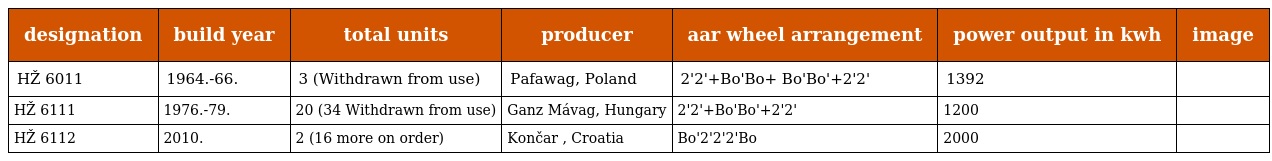
| designation | build year | total units | producer | aar wheel arrangement | power output in kwh | image |
 | --- | --- | --- | --- | --- | --- | --- |
 | HŽ 6011 | 1964.-66. | 3 (Withdrawn from use) | Pafawag, Poland | 2'2'+Bo'Bo+ Bo'Bo'+2'2' | 1392 |  |
 | HŽ 6111 | 1976.-79. | 20 (34 Withdrawn from use) | Ganz Mávag, Hungary | 2'2'+Bo'Bo'+2'2' | 1200 |  |
 | HŽ 6112 | 2010. | 2 (16 more on order) | Končar , Croatia | Bo'2'2'2'Bo | 2000 |  |